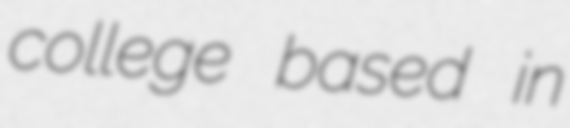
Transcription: college based in